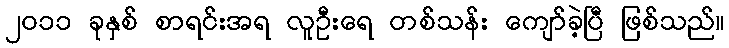
၂၀၁၁ ခုနှစ် စာရင်းအရ လူဦးရေ တစ်သန်း ကျော်ခဲ့ပြီ ဖြစ်သည်။